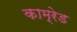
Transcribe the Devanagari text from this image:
काम्रेड